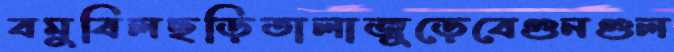
বমুবিলছড়িতালাজুড়েবেগুনগুল